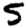
Digit: 5